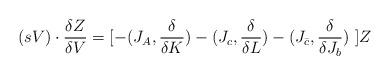
\begin{align*}(sV) \cdot{{\delta Z }\over{ \delta V }}= [ - (J_A,{{ \delta}\over{ \delta K}}) - (J_c,{{ \delta}\over{ \delta L}}) - (J_{\bar{c}},{{ \delta}\over{ \delta J_b }} ) \ ]Z\end{align*}